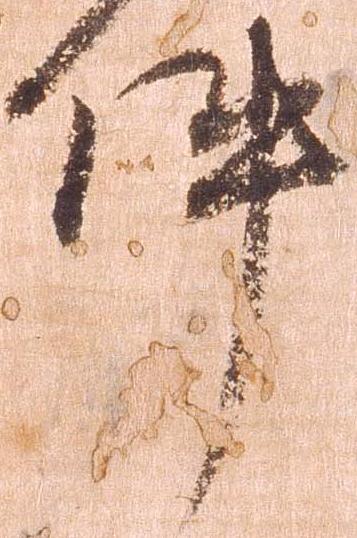
件